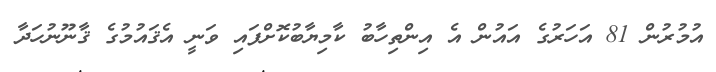
އުމުރުން 81 އަހަރުގެ އައުން އެ އިންތިހާބު ކާމިޔާބުކޮށްފައި ވަނީ އެޤައުމުގެ ޤާނޫނުހަދާ